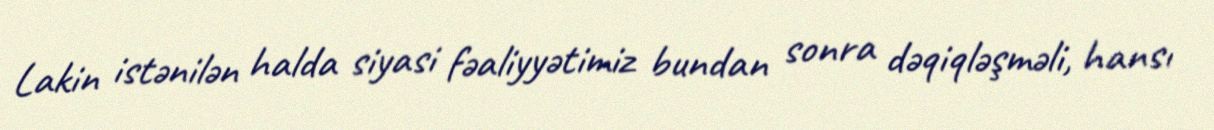
Lakin istənilən halda siyasi fəaliyyətimiz bundan sonra dəqiqləşməli, hansı